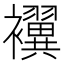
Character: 𮷃